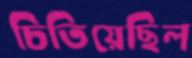
চিতিয়েছিল